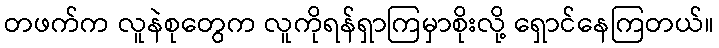
တဖက်က လူနဲစုတွေက လူကိုရန်ရှာကြမှာစိုးလို့ ရှောင်နေကြတယ်။